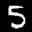
Label: 5